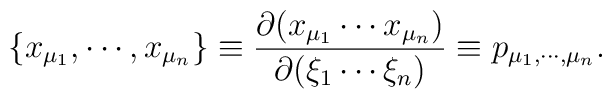
\{ x_{\mu_{1}}, \cdots, x_{\mu_{n}} \} \equiv \frac{\partial (x_{\mu_{1}} \cdots x_{\mu_{n}}) }{\partial (\xi_{1} \cdots \xi_{n})} \equiv p_{\mu_{1}, \cdots, \mu_{n}}.